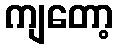
ကျတော့